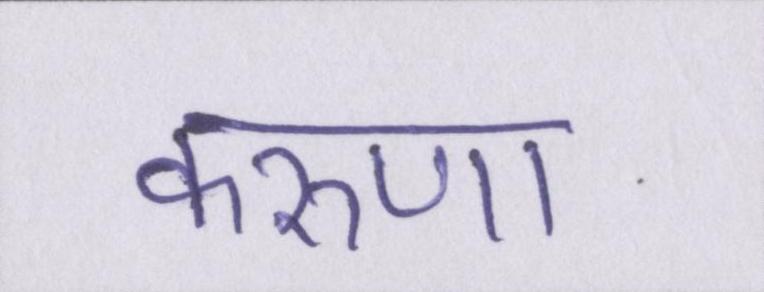
करुणा